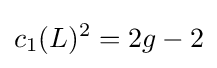
c_{1}(L)^{2}=2g-2